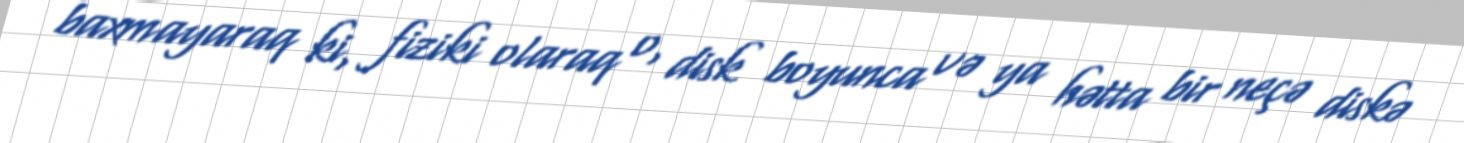
baxmayaraq ki, fiziki olaraq o, disk boyunca və ya hətta bir neçə diskə